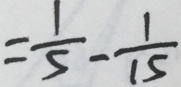
= \frac { 1 } { 5 } - \frac { 1 } { 1 5 }